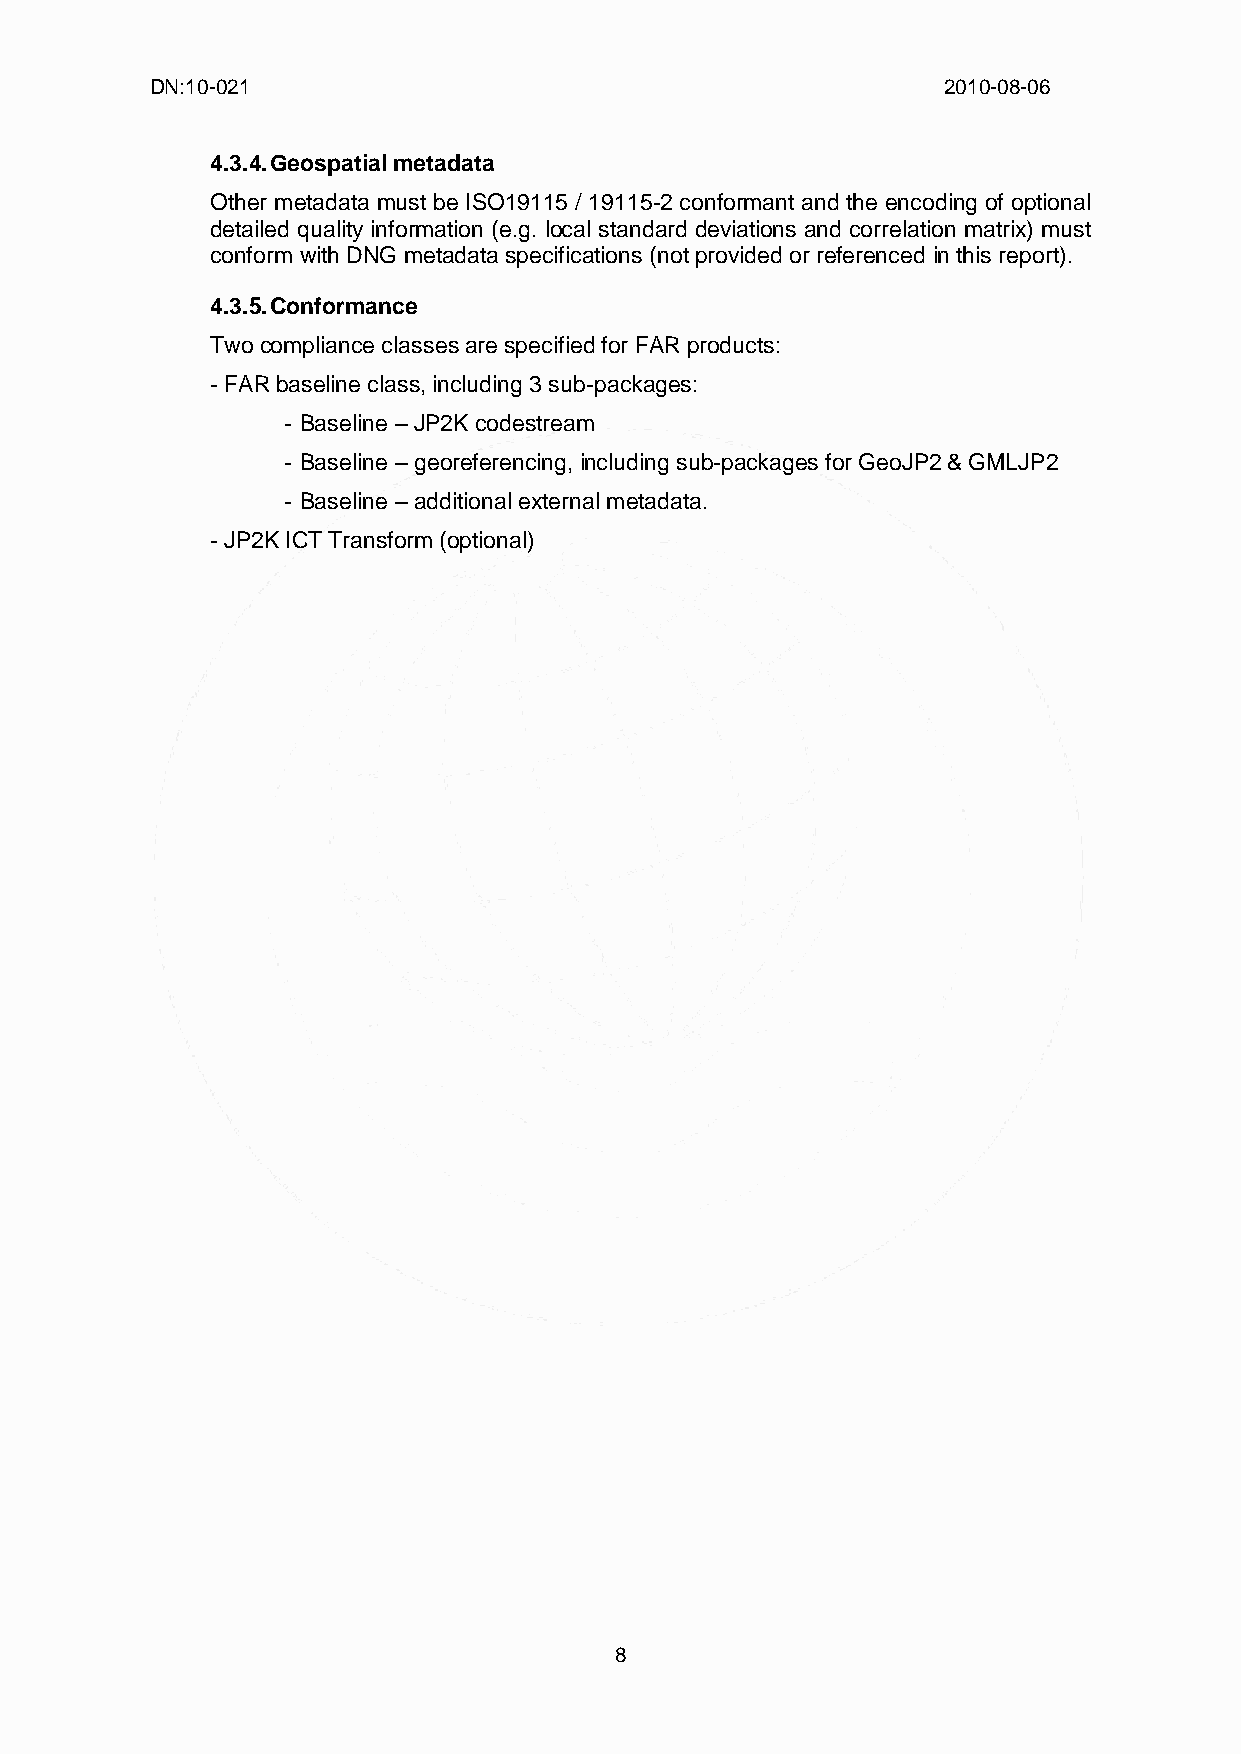
DN:10-021                                           2010-08-06
 4.3.4. Geospatial metadata
 Other metadata must be ISO19115 / 19115-2 conformant and the encoding of optional
 detailed quality information (e.g. local standard deviations and correlation matrix) must
 conform with DNG metadata specifications (not provided or referenced in this report).
 4.3.5. Conformance
 Two compliance classes are specified for FAR products:
 - FAR baseline class, including 3 sub-packages:
 - Baseline – JP2K codestream
 - Baseline – georeferencing, including sub-packages for GeoJP2 & GMLJP2
 - Baseline – additional external metadata.
 - JP2K ICT Transform (optional)
 8